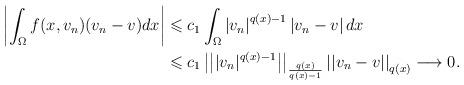
LaTeX: \begin{align*} \begin{aligned} \left| \int_{\Omega} f(x,v_n)(v_n-v)dx\right| &\leqslant c_1\int_{\Omega} \left| v_n\right| ^{q(x)-1}\left| v_n-v\right| dx\\ &\leqslant c_1\left| \left| |v_n|^{q(x)-1}\right| \right|_{\frac{q(x)}{q(x)-1}}\left| \left| v_n-v\right| \right|_{q(x)} \longrightarrow 0. \end{aligned} \end{align*}